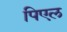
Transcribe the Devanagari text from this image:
पिएल